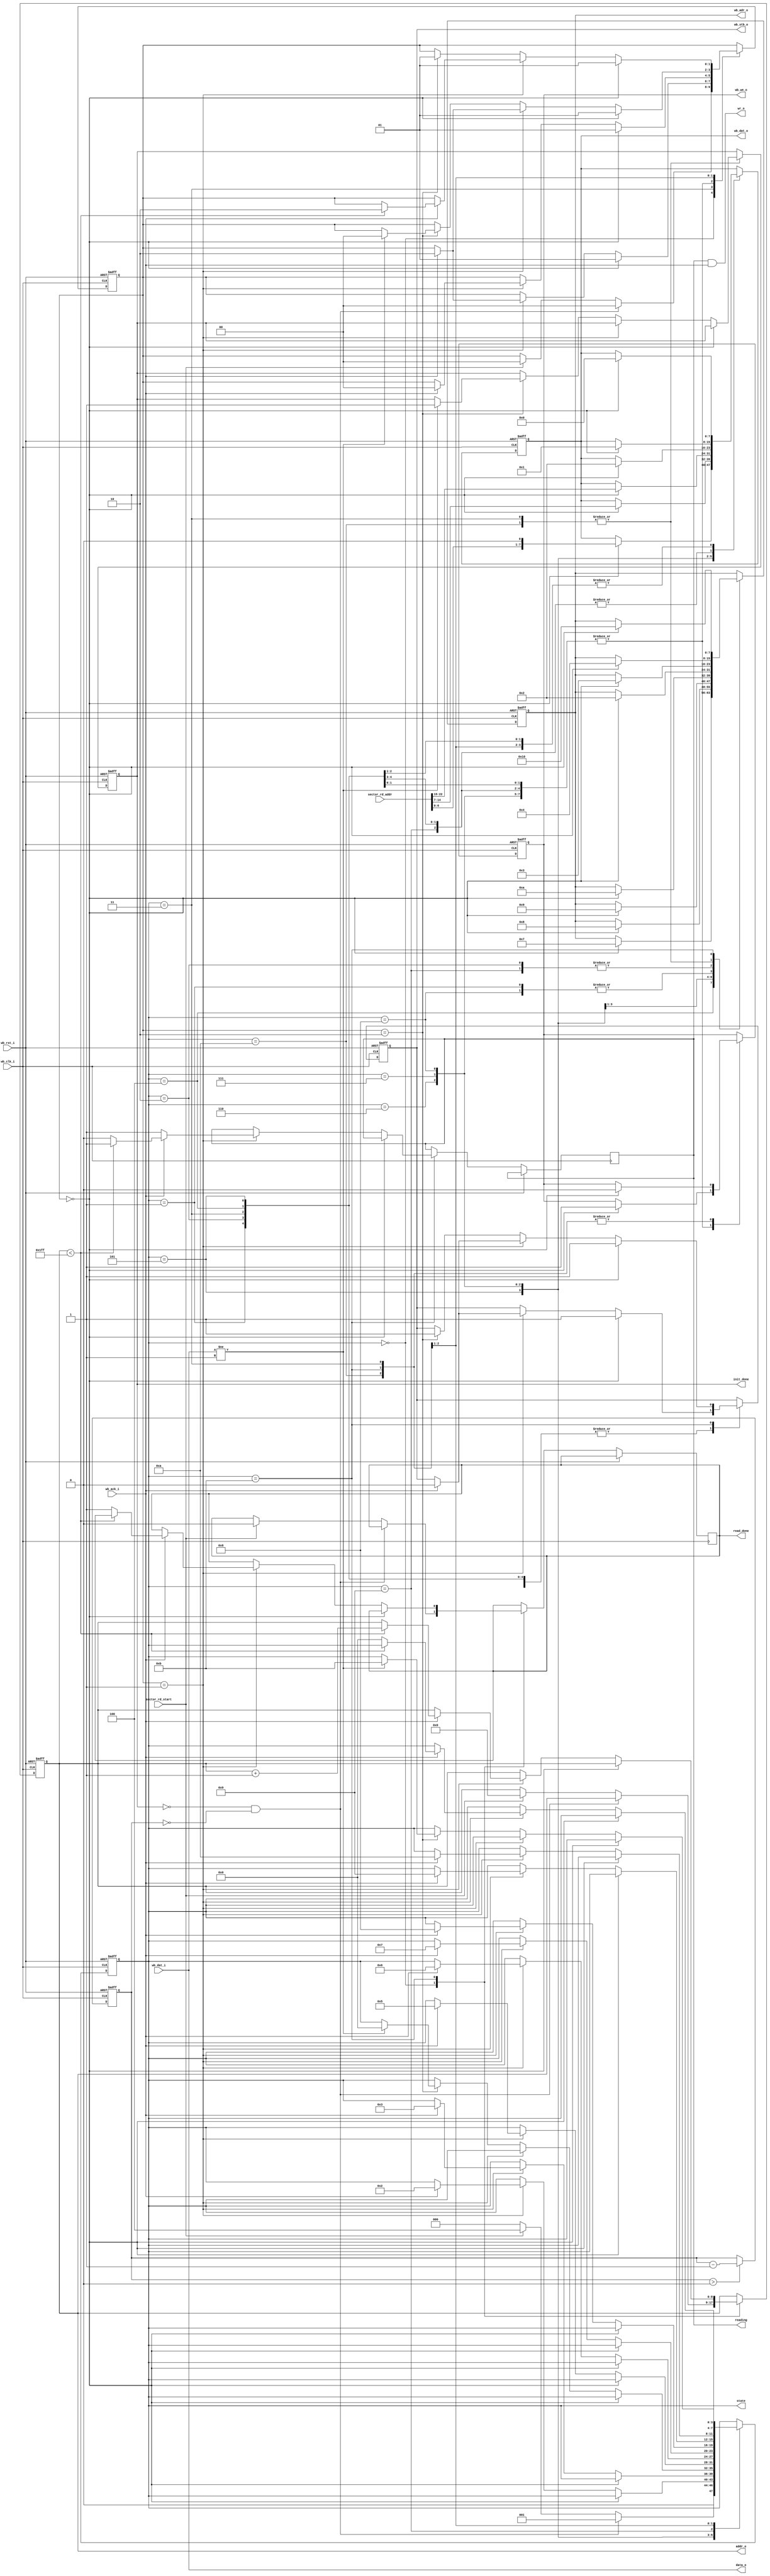
module spi_master_ctrl
(
	wb_clk_i,
	wb_rst_i,
	wb_adr_o,
	wb_dat_i,
	wb_dat_o,
	wb_we_o,
	wb_stb_o,
	wb_ack_i,
	
	init_done,
	sector_rd_start,
	sector_rd_addr,
	addr_o,
	data_o,
	wr_o,
	reading,
	read_done,
	state
);		
input        wb_clk_i;
input        wb_rst_i;     
output[7:0]  wb_adr_o;
input [7:0]  wb_dat_i;
output[7:0]  wb_dat_o;
output       wb_we_o;  
output       wb_stb_o;
input        wb_ack_i;

output      init_done;
input sector_rd_start;
input [22:0] sector_rd_addr;

output [8:0] addr_o;
output [7:0] data_o;
output wr_o;
    
output [3:0] state;
output  reading;
output  read_done;

reg[7:0]   wb_adr_o;
reg[7:0]   wb_dat_o;
reg        wb_we_o;  
reg        wb_stb_o;  

reg init_done;
reg [8:0]  addr_o;
reg [3:0]  state;
parameter
Idle 				= 0,
TransTypeInit 		= 1,
TransTypeInitStart 	= 2,
WaitInitDone        = 3,
TransAddr0to7       = 4,
TransAddr8to15      = 5,
TransAddr16to23      = 6,
TransAddr24to31     = 7,
TransTypeRead 		= 8,
TransTypeReadStart 	= 9,
WaitReadDone        = 10,
ReadRxFifoData      = 11;

reg  reading;
reg[1:0] step;
reg [3:0] init_delay;
reg read_done;

always @(posedge wb_clk_i or posedge wb_rst_i)
if (wb_rst_i)
  init_delay <= 'hf;
else if (init_delay > 0)
  init_delay <= init_delay - 1;


always @(posedge wb_clk_i or posedge wb_rst_i)
if(wb_rst_i) begin
	state <= Idle; 
	step  <= 0;
	wb_adr_o <= 0;
	wb_dat_o <= 0;  
	wb_stb_o <= 0; 
	wb_we_o  <= 0;
	init_done <= 0;
	addr_o    <= 0;
end
else begin
	case (state)
	Idle : begin
		if (!init_done && init_delay == 0) begin
			state <= TransTypeInit;
			step  <= 0;
		end
		else if (sector_rd_start) begin
			state <= TransAddr0to7;
			addr_o  <= 0;
			step    <= 0;
			read_done <= 0;
		end
		else
			state <= Idle;
	end
	TransTypeInit : begin
		if (step == 0) begin
			step <= 1;
			wb_adr_o <= 8'h02;
			wb_dat_o <= 8'h01;  
			wb_stb_o <= 1'b1; 
			wb_we_o  <= 1'b1;
		end
		else if (step == 1)begin
			if(wb_ack_i) begin
				wb_stb_o <= 1'b0;
				state <= TransTypeInitStart;
				step <= 0;
			end
		end
	end
	TransTypeInitStart : begin
		if (step == 0) begin
			step <= 1;
			wb_adr_o <= 8'h03;
			wb_dat_o <= 8'h01;  
			wb_stb_o <= 1'b1; 
			wb_we_o  <= 1'b1;
		end
		else if (step == 1)begin
			if(wb_ack_i) begin
				wb_stb_o <= 1'b0;
				state <= WaitInitDone;
				step <= 0;
			end
		end
	end
	WaitInitDone : begin
		if (step == 0) begin
			step <= 1;
			wb_adr_o <= 8'h04;
			wb_dat_o <= 8'h00;  
			wb_stb_o <= 1'b1; 
			wb_we_o  <= 1'b0;
		end
		else if (step == 1)begin
			if(wb_ack_i) begin
				wb_stb_o <= 1'b0;
				step <= 2;
			end
		end
		else if (step == 2) begin
			if (wb_dat_i != 8'h01) begin
				state <= Idle;
				init_done <= 1;				
			end
		end
	end
	TransAddr0to7 : begin
		if (step == 0) begin
			step <= 1;
			wb_adr_o <= 8'h07;
			wb_dat_o <= 8'h00;  
			wb_stb_o <= 1'b1; 
			wb_we_o  <= 1'b1;
		end
		else if (step == 1)begin
			if(wb_ack_i) begin
				wb_stb_o <= 1'b0;
				state <= TransAddr8to15;
				step <= 0;
			end
		end
	end
	TransAddr8to15 : begin
		if (step == 0) begin
			step <= 1;
			wb_adr_o <= 8'h08;
			wb_dat_o <= {sector_rd_addr[6:0],1'b0};  
			wb_stb_o <= 1'b1; 
			wb_we_o  <= 1'b1;
		end
		else if (step == 1)begin
			if(wb_ack_i) begin
				wb_stb_o <= 1'b0;
				state <= TransAddr16to23;
				step <= 0;
			end
		end
	end
	TransAddr16to23 : begin
		if (step == 0) begin
			step <= 1;
			wb_adr_o <= 8'h09;
			wb_dat_o <= sector_rd_addr[14:7]; 
			wb_stb_o <= 1'b1; 
			wb_we_o  <= 1'b1;
		end
		else if (step == 1)begin
			if(wb_ack_i) begin
				wb_stb_o <= 1'b0;
				state <= TransAddr24to31;
				step <= 0;
			end
		end
	end
	TransAddr24to31 : begin
		if (step == 0) begin
			step <= 1;
			wb_adr_o <= 8'h0a;
			wb_dat_o <= sector_rd_addr[22:15];
			wb_stb_o <= 1'b1; 
			wb_we_o  <= 1'b1;
		end
		else if (step == 1)begin
			if(wb_ack_i) begin
				wb_stb_o <= 1'b0;
				state <= TransTypeRead;
				step <= 0;
			end
		end
	end
	TransTypeRead : begin
		if (step == 0) begin
			step <= 1;
			wb_adr_o <= 8'h02;
			wb_dat_o <= 8'h02;  
			wb_stb_o <= 1'b1; 
			wb_we_o  <= 1'b1;
		end
		else if (step == 1)begin
			if(wb_ack_i) begin
				wb_stb_o <= 1'b0;
				state <= TransTypeReadStart;
				step <= 0;
			end
		end
	end
	TransTypeReadStart : begin
		if (step == 0) begin
			step <= 1;
			wb_adr_o <= 8'h03;
			wb_dat_o <= 8'h01;  
			wb_stb_o <= 1'b1; 
			wb_we_o  <= 1'b1;
		end
		else if (step == 1)begin
			if(wb_ack_i) begin
				wb_stb_o <= 1'b0;
				state <= WaitReadDone;
				step <= 0;
			end
		end
	end
	WaitReadDone : begin
		if (step == 0) begin
			step <= 1;
			wb_adr_o <= 8'h04;
			wb_dat_o <= 8'h00;  
			wb_stb_o <= 1'b1; 
			wb_we_o  <= 1'b0;
		end
		else if (step == 1)begin
			if(wb_ack_i) begin
				wb_stb_o <= 1'b0;
				step <= 2;
			end
		end
		else if (step == 2) begin
			if (wb_dat_i != 8'h01) begin
				step <= 0;
				state <= ReadRxFifoData;
				init_done <= 1;				
			end
		end
	end
	ReadRxFifoData : begin
		if (step == 0) begin
			step <= 1;
			wb_adr_o <= 8'h10;
			wb_dat_o <= 8'h00;  
			wb_stb_o <= 1'b1; 
			wb_we_o  <= 1'b0;
		end
		else if (step == 1)begin
			if (reading == 0)
				reading <= 1;
			if(wb_ack_i) begin
				wb_stb_o <= 1'b0;
				if (addr_o < 511) begin
					addr_o <= addr_o + 1;
					step <= 2;
				end
				else begin
					state <= Idle;
					reading <= 0;
					read_done <= 1;
				end
			end
		end
		else if (step == 2)begin			
			wb_stb_o <= 1'b1;
			step <= 1;
		end
	end
	endcase
end

assign data_o = wb_dat_i;
assign wr_o = reading && wb_ack_i;

endmodule